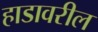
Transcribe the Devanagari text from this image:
हाडावरील